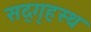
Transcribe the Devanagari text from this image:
सद्‌गृहस्थ